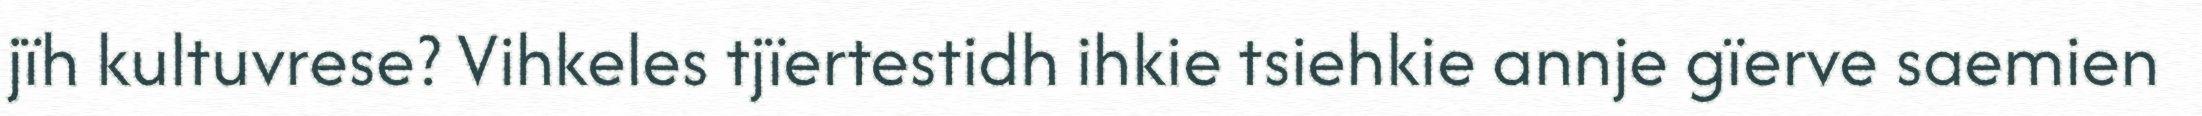
jïh kultuvrese? Vihkeles tjïertestidh ihkie tsiehkie annje gïerve saemien